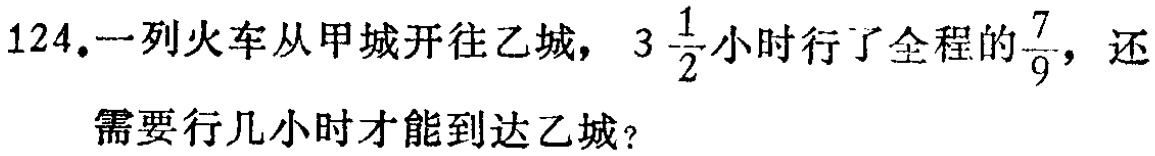
124.一列火车从甲城开往乙城，\(3\frac{1}{2}\)小时行了全程的\(\frac{7}{9}\)，还需要行几小时才能到达乙城？